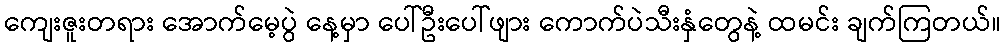
ကျေးဇူးတရား အောက်မေ့ပွဲ နေ့မှာ ပေါ်ဦးပေါ်ဖျား ကောက်ပဲသီးနှံတွေနဲ့ ထမင်း ချက်ကြတယ်။